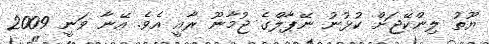
ޔޫތު ލިންކޭޖަށް ކުޅުނު ނޭޕާލްގެ ޖުމާނޫ ރާއީ އެވެ. އޭނާ ވަނީ 2009